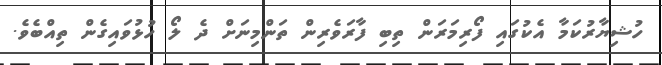
ހުޝިޔާރުކަމާ އެކުގައި ފޯރިމަރަން ތިބި ފާރަވެރިން ތަންމިނަށް ދެ ލޯ ހުޅުވައިގެން ތިއްބެވެ.